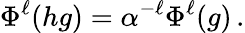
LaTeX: \Phi^{\ell}(hg)=\alpha^{-\ell}\Phi^{\ell}(g)\, .